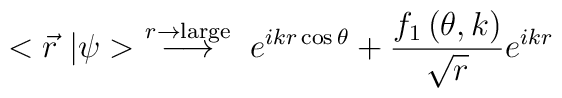
< \vec{r} \ | \psi >  \ \stackrel{r \rightarrow  {\rm large}}{\longrightarrow} \ e^{i k r \cos{\theta}}  + {f_1  \left( \theta, k \right) \over  \sqrt{r}} e^{i k r}